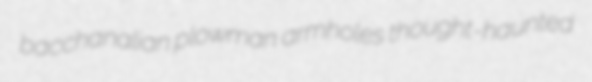
bacchanalian plowman armholes thought-haunted